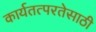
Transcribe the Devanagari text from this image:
कार्यतत्परतेसाठी